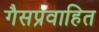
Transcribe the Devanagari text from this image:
गैसप्रवाहित